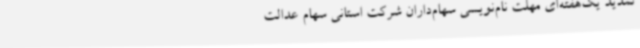
تمدید یک‌هفته‌ای مهلت نام‌نویسی سهام‌داران شرکت استانی سهام عدالت